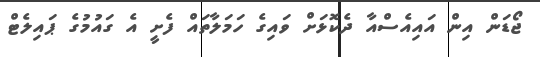
ޖޯޑަން އިން އައިއެސްއާ ދެކޮޅަށް ވައިގެ ހަމަލާތައް ފެށީ އެ ގައުމުގެ ޕައިލެޓް